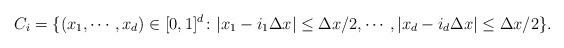
LaTeX: \begin{align*}C_i=\{(x_1,\cdots, x_d)\in [0,1]^d\colon|x_1-i_1\Delta x|\le \Delta x/2,\cdots,|x_d-i_d\Delta x|\le \Delta x/2\}.\end{align*}